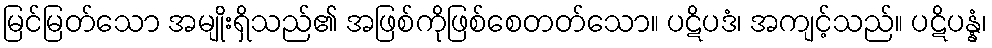
မြင်မြတ်သော အမျိုးရှိသည်၏ အဖြစ်ကိုဖြစ်စေတတ်သော။ ပဋိပဒံ၊ အကျင့်သည်။ ပဋိပန္နံ၊